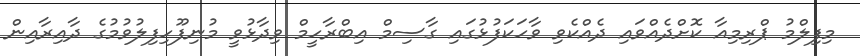
މިފިލްމު ޕްރިމިއާ ކޮށްދެއްވައި ދެއްކެވި ވާހަކަފުޅުގައި ގާސިމް އިބްރާހީމް ވިދާޅުވީ މުނިފޫހިފިލުވުމުގެ ދާއިރާއިން